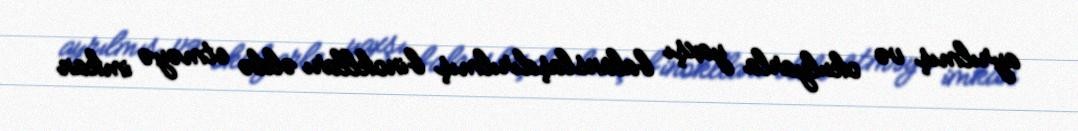
ayrılmış və okulyarla yaxşı balanslaşdırılmış binoklları əldə etməyə imkan